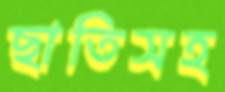
ছাতিসহ